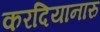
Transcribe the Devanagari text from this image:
करदियानारु